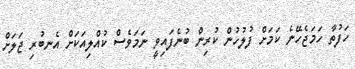
ހަފުތާ ހަމަޖެހޭނެ ކަމަށް ފުލުހުން ކުރިން ބުނެފައިވީ ނަމަވެސް ކުއްލިއަކަށް އެނބުރި ޖަލަށް